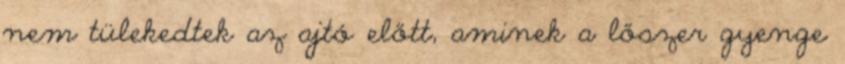
nem tülekedtek az ajtó előtt, aminek a lőszer gyenge